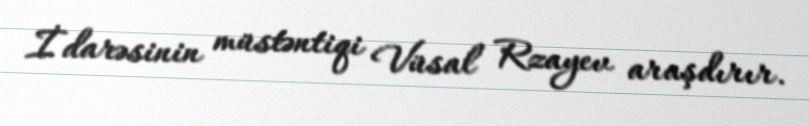
İdarəsinin müstəntiqi Vüsal Rzayev araşdırır.